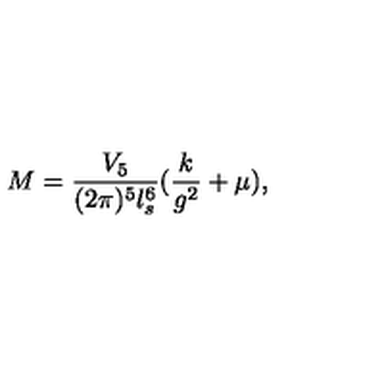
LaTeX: M = { \frac { V _ { 5 } } { ( 2 \pi ) ^ { 5 } l _ { s } ^ { 6 } } } ( { \frac { k } { g ^ { 2 } } } + \mu ) ,